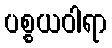
ပစ္စယဝါရာ